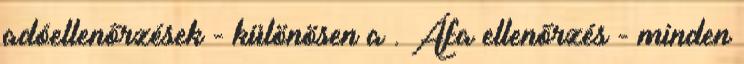
adóellenőrzések - különösen a . Áfa ellenőrzés - minden